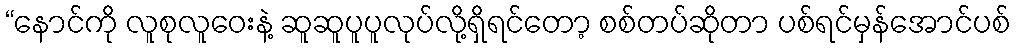
“နောင်ကို လူစုလူဝေးနဲ့ ဆူဆူပူပူလုပ်လို့ရှိရင်တော့ စစ်တပ်ဆိုတာ ပစ်ရင်မှန်အောင်ပစ်